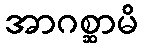
အာဂစ္ဆာမိ